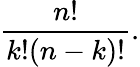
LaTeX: {\frac{n!}{k!(n-k)!}}.